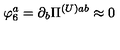
\varphi _ { 6 } ^ { a } = \partial _ { b } \Pi ^ { ( U ) a b } \approx 0